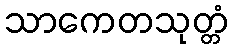
သာကေတသုတ္တံ